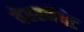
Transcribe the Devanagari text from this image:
वेहरमैचेट